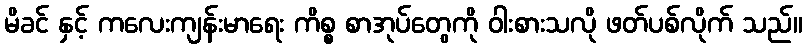
မိခင် နှင့် ကလေးကျန်းမာရေး ကိစ္စ စာအုပ်တွေကို ဝါးစားသလို ဖတ်ပစ်လိုက် သည်။